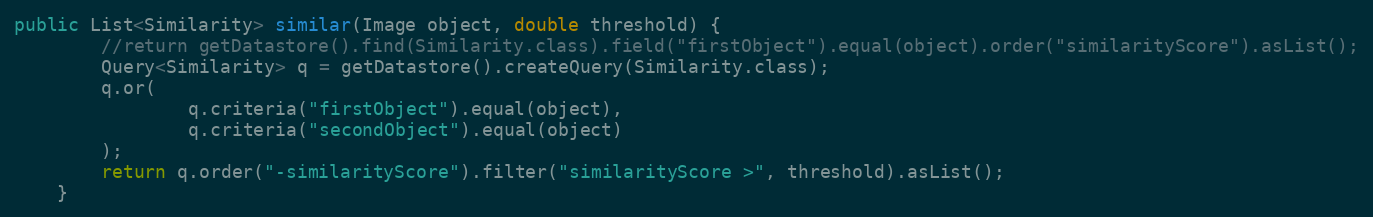
Language: Java
public List<Similarity> similar(Image object, double threshold) {
        //return getDatastore().find(Similarity.class).field("firstObject").equal(object).order("similarityScore").asList();
        Query<Similarity> q = getDatastore().createQuery(Similarity.class);
        q.or(
                q.criteria("firstObject").equal(object),
                q.criteria("secondObject").equal(object)
        );
        return q.order("-similarityScore").filter("similarityScore >", threshold).asList();
    }